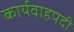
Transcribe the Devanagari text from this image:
कार्यवाहपदी